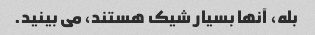
بله، آنها بسیار شیک هستند، می بینید.